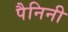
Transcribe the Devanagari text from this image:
पैनिनी